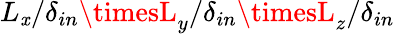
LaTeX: L_{\mathit{x}}/\delta_{in}\timesL_{y}/\delta_{in}\timesL_{z}/\delta_{in}